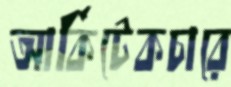
আর্কিটেকচারে